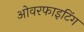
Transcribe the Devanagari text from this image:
ओवरफाइटिंग